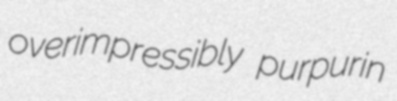
overimpressibly purpurin